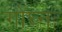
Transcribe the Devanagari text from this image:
गोघ्नः